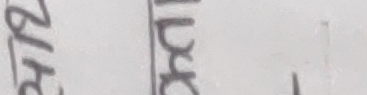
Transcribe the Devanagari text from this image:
हामी आयोजक